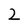
Character: 2